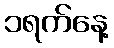
၁ရက်နေ့